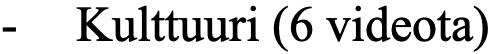
- Kulttuuri (6 videota)